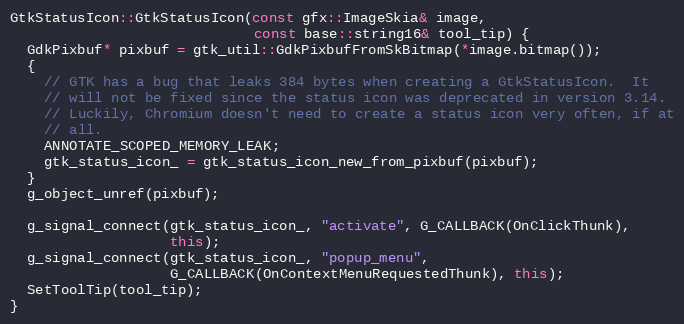
Language: C++
GtkStatusIcon::GtkStatusIcon(const gfx::ImageSkia& image,
                             const base::string16& tool_tip) {
  GdkPixbuf* pixbuf = gtk_util::GdkPixbufFromSkBitmap(*image.bitmap());
  {
    // GTK has a bug that leaks 384 bytes when creating a GtkStatusIcon.  It
    // will not be fixed since the status icon was deprecated in version 3.14.
    // Luckily, Chromium doesn't need to create a status icon very often, if at
    // all.
    ANNOTATE_SCOPED_MEMORY_LEAK;
    gtk_status_icon_ = gtk_status_icon_new_from_pixbuf(pixbuf);
  }
  g_object_unref(pixbuf);

  g_signal_connect(gtk_status_icon_, "activate", G_CALLBACK(OnClickThunk),
                   this);
  g_signal_connect(gtk_status_icon_, "popup_menu",
                   G_CALLBACK(OnContextMenuRequestedThunk), this);
  SetToolTip(tool_tip);
}